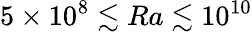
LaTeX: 5\times 10^{8}\lesssim Ra\lesssim 10^{10}